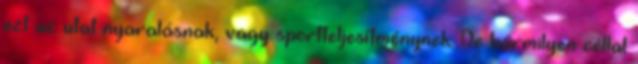
ezt az utat nyaralásnak, vagy sportteljesítménynek. De bármilyen céllal